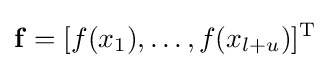
\mathbf {f} =[f(x_{1}),\ldots ,f(x_{l+u})]^{\mathrm {T} }